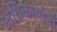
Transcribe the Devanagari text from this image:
अधिकार्यानी